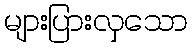
များပြားလှသော